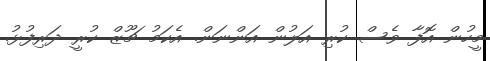
މީހުން އޮފާ ވެސް ކުރި އަލުން އަންނަން. އެކަމު ޗޫޒް ކުރީ ދަރިފުޅު.